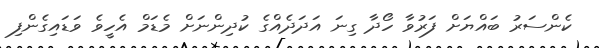
ކެންސަރު ބައްޔަށް ފަރުވާ ހޯދާ ގިނަ އަދަދެއްގެ ކުދިންނަށް މެޑަމް އެހީވެ ވަޑައިގެންފި